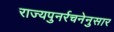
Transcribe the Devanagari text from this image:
राज्यपुनर्रचनेनुसार